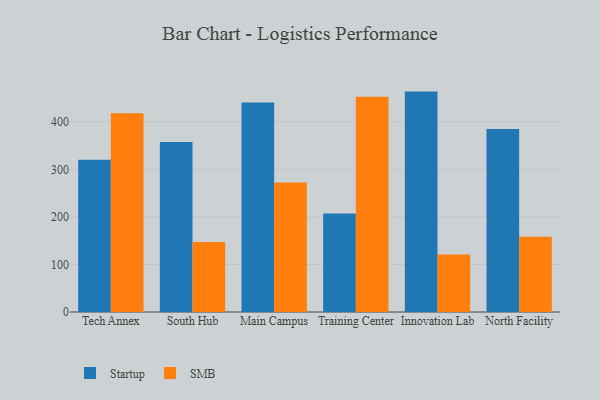
{"axis": {"x": "Campus", "y": "Demand Index"}, "legend": ["SMB", "Startup"], "data": [{"x": "Tech Annex", "y": 320.3, "type": "Startup"}, {"x": "Tech Annex", "y": 417.8, "type": "SMB"}, {"x": "South Hub", "y": 357.5, "type": "Startup"}, {"x": "South Hub", "y": 147.1, "type": "SMB"}, {"x": "Main Campus", "y": 440.7, "type": "Startup"}, {"x": "Main Campus", "y": 272.5, "type": "SMB"}, {"x": "Training Center", "y": 207.3, "type": "Startup"}, {"x": "Training Center", "y": 452.6, "type": "SMB"}, {"x": "Innovation Lab", "y": 463.4, "type": "Startup"}, {"x": "Innovation Lab", "y": 121.1, "type": "SMB"}, {"x": "North Facility", "y": 384.6, "type": "Startup"}, {"x": "North Facility", "y": 158.2, "type": "SMB"}]}